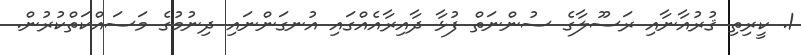
1. ކީރިތި ޤުރުއާނާއި ރަސޫލާގެ ސުންނަތް ފުޅާ ދާއިރާއެއްގައި އުނގަންނައި ދިނުމުގެ މަސައްކަތްކުރުން.